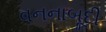
વનનાબૂદી